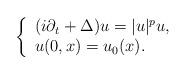
LaTeX: \begin{align*}\left\{\begin{array}{ll}(i\partial_t+\Delta)u=\vert u\vert^p u,\\ u(0,x)=u_0(x).\end{array}\right.\end{align*}